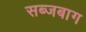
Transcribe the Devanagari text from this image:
सब्जबाग